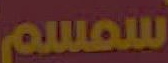
سمسم